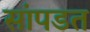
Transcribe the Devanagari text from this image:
सांपडत